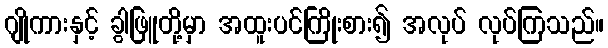
ဂျိုကားနှင့် ခွါဖြူတို့မှာ အထူးပင်ကြိုးစား၍ အလုပ် လုပ်ကြသည်။